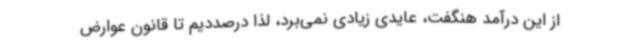
از این درآمد هنگفت، عایدی زیادی نمی‌برد، لذا درصددیم تا قانون عوارض